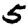
Digit: 5